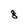
Character: 8